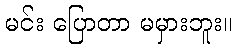
မင်း ပြောတာ မမှားဘူး။